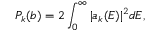
P _ { k } ( b ) = 2 \int _ { 0 } ^ { \infty } | a _ { k } ( E ) | ^ { 2 } d E ,